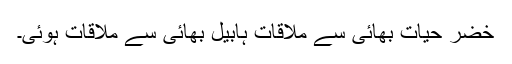
خضر حیات بھائی سے ملاقات ہابیل بھائی سے ملاقات ہوئی۔